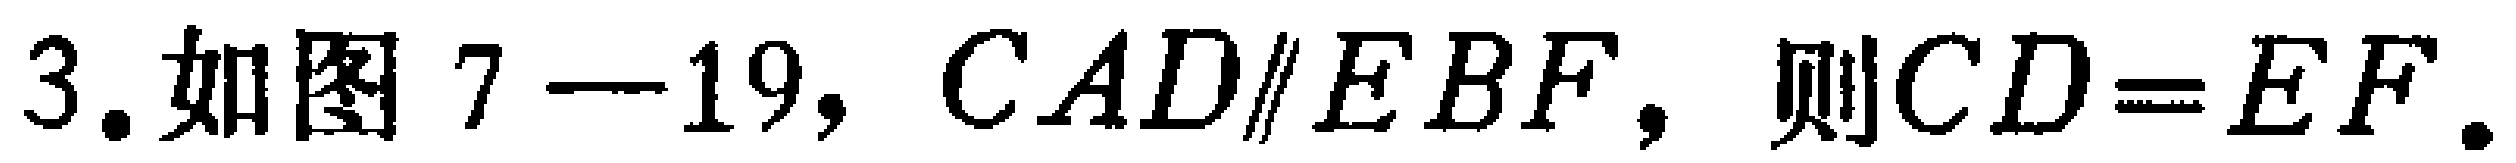
3.如图7—19，$CAD\parallel EBF$，则$CD = EF$.